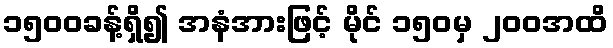
၁၅၀၀ခန့်ရှိ၍ အနံအားဖြင့် မိုင် ၁၅၀မှ ၂၀၀အထိ